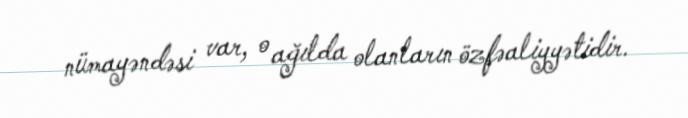
nümayəndəsi var, o ağılda olanların özfəaliyyətidir.